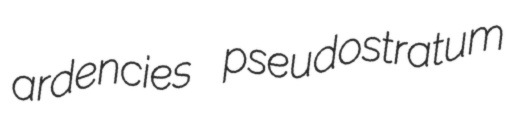
ardencies pseudostratum